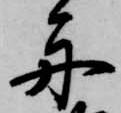
舟